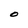
Character: O